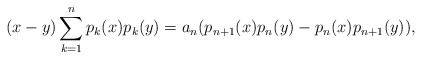
\begin{align*} (x-y) \sum_{k=1}^n p_k(x) p_k(y) = a_n (p_{n+1}(x)p_n(y)-p_n(x)p_{n+1}(y)), \end{align*}